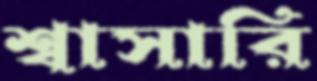
শ্বাসারি